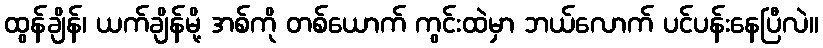
ထွန်ချိန်၊ ယက်ချိန်မို့ အစ်ကို တစ်ယောက် ကွင်းထဲမှာ ဘယ်လောက် ပင်ပန်းနေပြီလဲ။